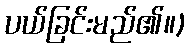
ပယ်ခြင်းမည်၏။)